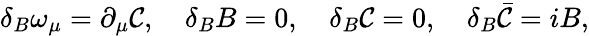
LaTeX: \delta_{B}\omega_{\mu}=\partial_{\mu}\mathcal{C},\quad\delta_{B}B=0,\quad\delta_{B}\mathcal{C}=0,\quad\delta_{B}\bar{{\mathcal{C}}}=iB,